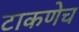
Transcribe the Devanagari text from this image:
टाकणेच